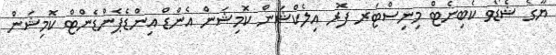
ޔޫގެ ޝެޑޯވ ކެބިނެޓް މިނިސްޓަރ ފޮރ އިލެކްޝަން ކޮމިޝަން އެންޑް އިންޑެޕެންޑެންޓް ކޮމިޝަން